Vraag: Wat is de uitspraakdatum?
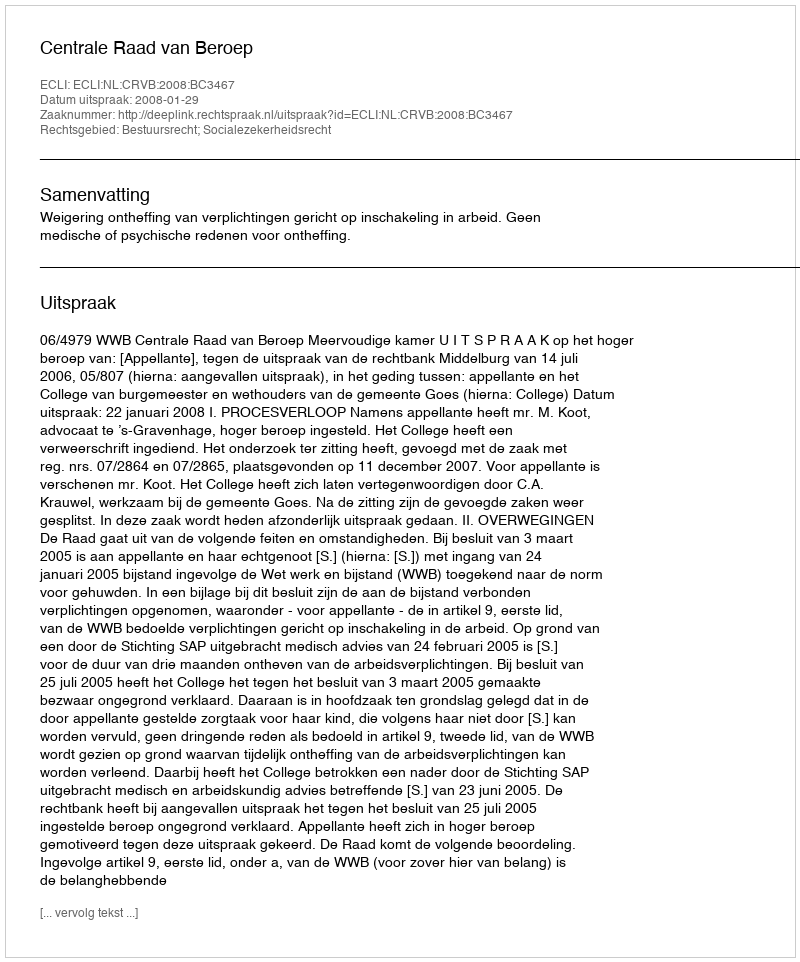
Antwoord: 2008-01-29